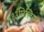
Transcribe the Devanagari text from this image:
१३मिलियन